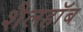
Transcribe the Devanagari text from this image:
शैलहाॅब